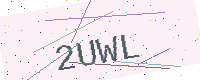
Text: 2UWL